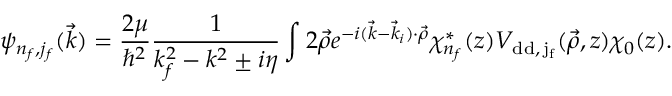
\psi _ { n _ { f } , j _ { f } } ( \vec { k } ) = \frac { 2 \mu } { \hbar ^ { 2 } } \frac { 1 } { k _ { f } ^ { 2 } - k ^ { 2 } \pm i \eta } \int \d ^ { 2 } \vec { \rho } \d z e ^ { - i ( \vec { k } - \vec { k } _ { i } ) \cdot \vec { \rho } } \chi _ { n _ { f } } ^ { * } ( z ) V _ { \mathrm { { d d } , \, j _ { f } } } ( \vec { \rho } , z ) \chi _ { 0 } ( z ) .